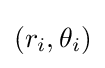
(r_{i},\theta _{i})